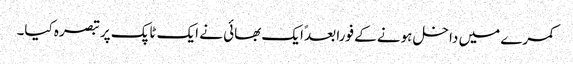
کمرے میں داخل ہونے کے فورا بعدً ایک بھائی نے ایک ٹاپک پر تبصرہ کیا۔